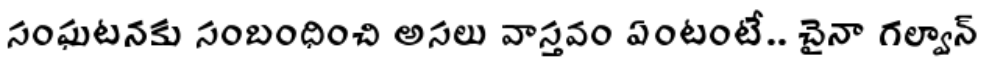
సంఘటనకు సంబంధించి అసలు వాస్తవం ఏంటంటే.. చైనా గల్వాన్